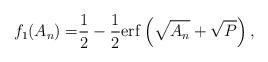
LaTeX: \begin{align*}f_1(A_n) = &\frac{1}{2} - \frac{1}{2}\mathrm{erf}\left(\sqrt{A_n}+\sqrt{P}\right),\end{align*}